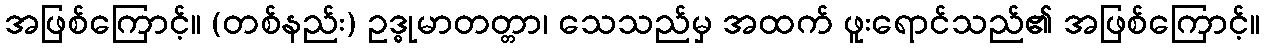
အဖြစ်ကြောင့်။ (တစ်နည်း) ဥဒ္ဓုမာတတ္တာ၊ သေသည်မှ အထက် ဖူးရောင်သည်၏ အဖြစ်ကြောင့်။